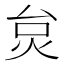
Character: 炱